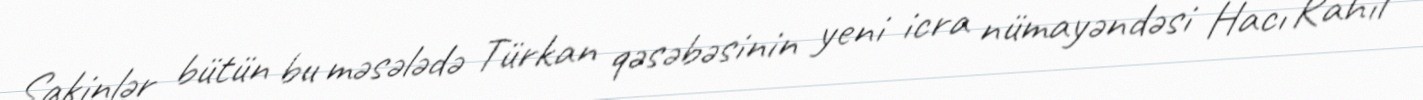
Sakinlər bütün bu məsələdə Türkan qəsəbəsinin yeni icra nümayəndəsi Hacı Rahil